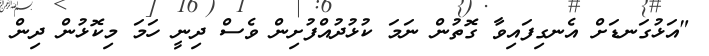
"އަޅުގަނޑަށް އެނގިފައިވާ ގޮތުން ނަމަ ކުޅުދުއްފުށިން ވެސް ދިނީ ހަމަ މިކޮޅުން ދިން